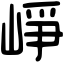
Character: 崢